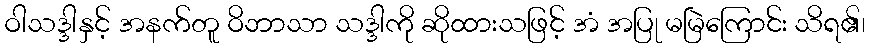
ဝါသဒ္ဒါနှင့် အနက်တူ ဝိဘာသာ သဒ္ဒါကို ဆိုထားသဖြင့် အံ အပြု မမြဲကြောင်း သိရ၏၊